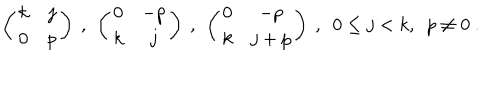
LaTeX: \left( \begin{array} { c c } { { k } } & { { j } } \\ { { 0 } } & { { p } } \\ \end{array} \right) \ , \ \left( \begin{array} { c c } { { 0 } } & { { - p } } \\ { { k } } & { { j } } \\ \end{array} \right) \ , \ \left( \begin{array} { c c } { { 0 } } & { { - p } } \\ { { k } } & { { j + p } } \\ \end{array} \right) \ , \ \ 0 \leq j < k , \ \ p \neq 0 \ .